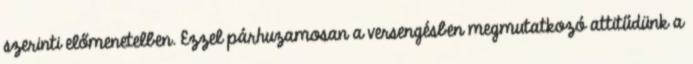
szerinti előmenetelben. Ezzel párhuzamosan a versengésben megmutatkozó attitűdünk a